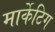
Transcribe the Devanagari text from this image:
मार्केटिग